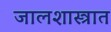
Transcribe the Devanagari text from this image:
जालशास्त्रात